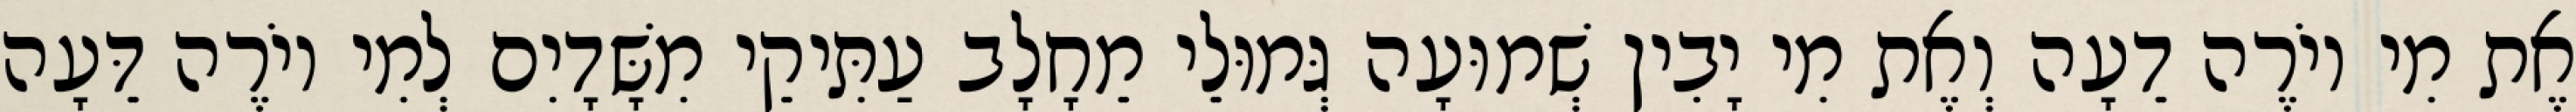
אֶת מִי יוֹרֶה דֵעָה וְאֶת מִי יָבִין שְׁמוּעָה גְּמוּלֵי מֵחָלָב עַתִּיקֵי מִשָּׁדָיִם לְמִי יוֹרֶה דֵּעָה